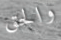
والحق